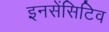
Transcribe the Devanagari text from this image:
इनसेंसिटिव